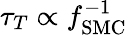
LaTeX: \tau_{T}\propto f_{\mathrm{SMC}}^{-1}